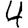
Digit: 4